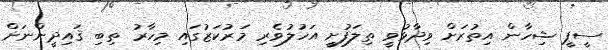
ސީޕީ ޝިހާން އިތުރަށް ވިދާޅުވީ ތިލަފުށީ އަހުލުވެރި މަރުކަޒުގައި މިހާރު ތިބި ޤައިދީންނަށް